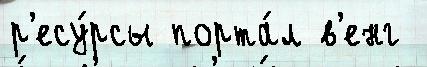
р'есу́рсы порта́л в'енг